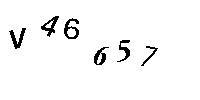
V46657